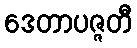
ဒေတာပဇ္ဇတီ